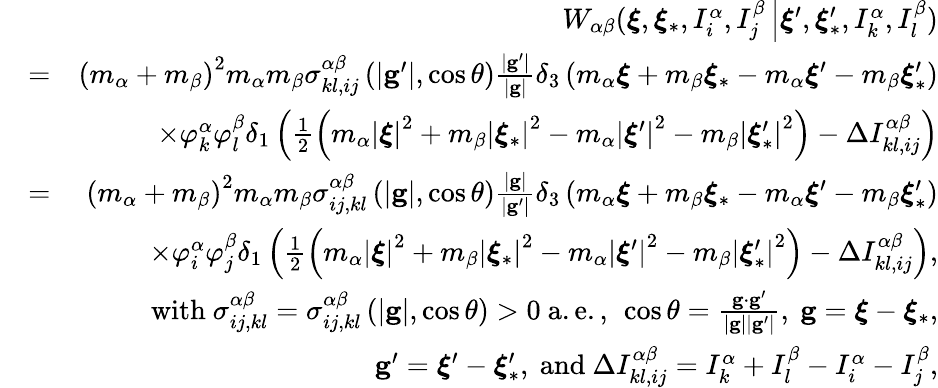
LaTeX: \begin{array}{rlr}&{}&{W_{\alpha\beta}(\boldsymbol{\xi},\boldsymbol{\xi}_{\ast},I_{i}^{\alpha},I_{j}^{\beta}\left\vert\boldsymbol{\xi}^{\prime},\boldsymbol{\xi}_{\ast}^{\prime},I_{k}^{\alpha},I_{l}^{\beta}\right.)}\\ &{=}&{\left(m_{\alpha}+m_{\beta}\right)^{2}m_{\alpha}m_{\beta}\sigma_{kl,ij}^{\alpha\beta}\left(\left\vert\mathbf{g}^{\prime}\right\vert,\cos\theta\right)\frac{\left\vert\mathbf{g}^{\prime}\right\vert}{\left\vert\mathbf{g}\right\vert}\delta_{3}\left(m_{\alpha}\boldsymbol{\xi}+m_{\beta}\boldsymbol{\xi}_{\ast}-m_{\alpha}\boldsymbol{\xi}^{\prime}-m_{\beta}\boldsymbol{\xi}_{\ast}^{\prime}\right)}\\ &{}&{\times\varphi_{k}^{\alpha}\varphi_{l}^{\beta}\delta_{1}\left(\frac{1}{2}\left(m_{\alpha}\left\vert\boldsymbol{\xi}\right\vert^{2}+m_{\beta}\left\vert\boldsymbol{\xi}_{\ast}\right\vert^{2}-m_{\alpha}\left\vert\boldsymbol{\xi}^{\prime}\right\vert^{2}-m_{\beta}\left\vert\boldsymbol{\xi}_{\ast}^{\prime}\right\vert^{2}\right)-\Delta I_{kl,ij}^{\alpha\beta}\right)}\\ &{=}&{\left(m_{\alpha}+m_{\beta}\right)^{2}m_{\alpha}m_{\beta}\sigma_{ij,kl}^{\alpha\beta}\left(\left\vert\mathbf{g}\right\vert,\cos\theta\right)\frac{\left\vert\mathbf{g}\right\vert}{\left\vert\mathbf{g}^{\prime}\right\vert}\delta_{3}\left(m_{\alpha}\boldsymbol{\xi}+m_{\beta}\boldsymbol{\xi}_{\ast}-m_{\alpha}\boldsymbol{\xi}^{\prime}-m_{\beta}\boldsymbol{\xi}_{\ast}^{\prime}\right)}\\ &{}&{\times\varphi_{i}^{\alpha}\varphi_{j}^{\beta}\delta_{1}\left(\frac{1}{2}\left(m_{\alpha}\left\vert\boldsymbol{\xi}\right\vert^{2}+m_{\beta}\left\vert\boldsymbol{\xi}_{\ast}\right\vert^{2}-m_{\alpha}\left\vert\boldsymbol{\xi}^{\prime}\right\vert^{2}-m_{\beta}\left\vert\boldsymbol{\xi}_{\ast}^{\prime}\right\vert^{2}\right)-\Delta I_{kl,ij}^{\alpha\beta}\right)\mathrm{,}}\\ &{}&{\mathrm{with~}\sigma_{ij,kl}^{\alpha\beta}=\sigma_{ij,kl}^{\alpha\beta}\left(\left\vert\mathbf{g}\right\vert,\cos\theta\right)>0\mathrm{~a.e.,~}\cos\theta=\frac{\mathbf{g}\cdot\mathbf{g}^{\prime}}{\left\vert\mathbf{g}\right\vert\left\vert\mathbf{g}^{\prime}\right\vert}\mathrm{,~}\mathbf{g}=\boldsymbol{\xi}-\boldsymbol{\xi}_{\ast}\mathrm{,}}\\ &{}&{\mathbf{g}^{\prime}=\boldsymbol{\xi}^{\prime}-\boldsymbol{\xi}_{\ast}^{\prime}\mathrm{,~and~}\Delta I_{kl,ij}^{\alpha\beta}=I_{k}^{\alpha}+I_{l}^{\beta}-I_{i}^{\alpha}-I_{j}^{\beta}\mathrm{,}}\end{array}